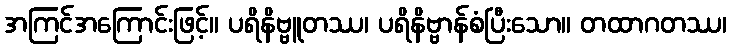
အကြင်အကြောင်းဖြင့်။ ပရိနိဗ္ဗူတဿ၊ ပရိနိဗ္ဗာန်စံပြီးသော။ တထာဂတဿ၊